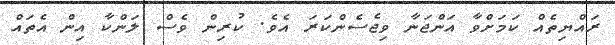
ރައްޔިތެއް ކަމަށްވާ އަންޖަނާ ވިޖެސެންކަރަ އެވެ. ކުރިން ވެސް ލަންކާ އިން އެތައް